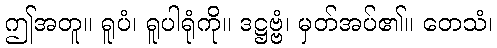
ဤအတူ။ ရူပံ၊ ရူပါရုံကို။ ဒဋ္ဌဗ္ဗံ၊ မှတ်အပ်၏။ တေသံ၊